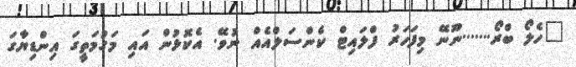
"ހެލޯ ބްރޯ.......ނޫނޭ މިފަހަރު ފްލައިޓް ކެންސަލްއެއް ނުވޭ. އެކޮޅުން އައި މަގުމަތީގަ އިންޑިޔާގަ